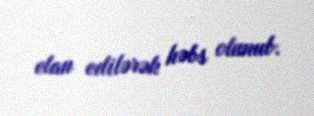
elan edilərək həbs olunub.